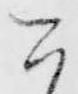
今